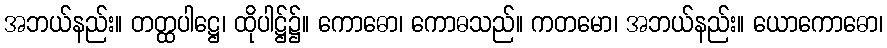
အဘယ်နည်း။ တတ္ထပါဋ္ဌေ၊ ထိုပါဋ္ဌ်၌။ ကောဓော၊ ကောဓသည်။ ကတမော၊ အဘယ်နည်း။ ယောကောဓော၊